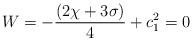
LaTeX: \begin{align*}W = - \frac{(2\chi + 3 \sigma)}{4} + c_{1}^{2} = 0\end{align*}